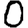
Digit: 0